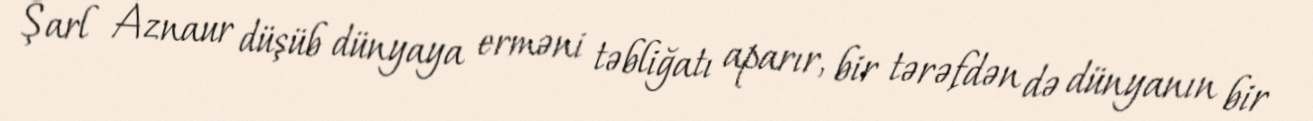
Şarl Aznaur düşüb dünyaya erməni təbliğatı aparır, bir tərəfdən də dünyanın bir